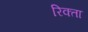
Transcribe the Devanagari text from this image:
रिक्ता